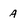
Character: A